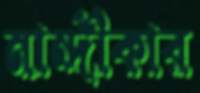
নান্দীকার